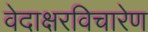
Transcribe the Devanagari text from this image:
वेदाक्षरविचारेण